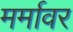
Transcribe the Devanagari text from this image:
मर्मावर